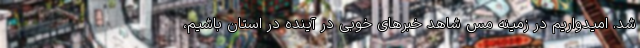
شد. امیدواریم در زمینه مس شاهد خبرهای خوبی در آینده در استان باشیم،